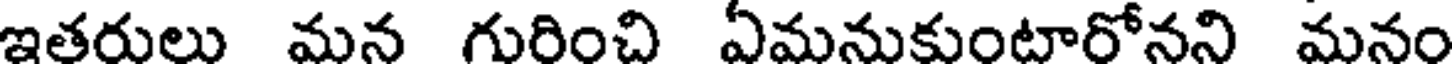
ఇతరులు మన గురించి ఏమనుకుంటారోనని మనం